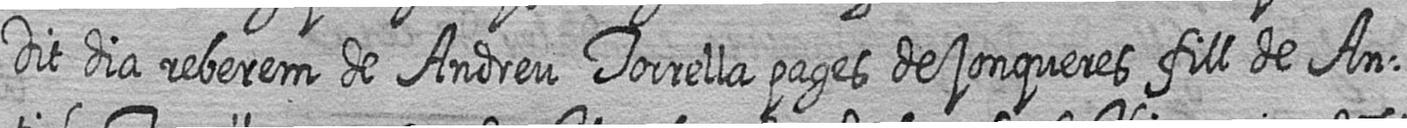
Dit dia reberem de Andreu Torrella pages de jonqueres fill de An=